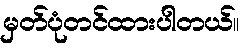
မှတ်ပုံတင်ထားပါတယ်။